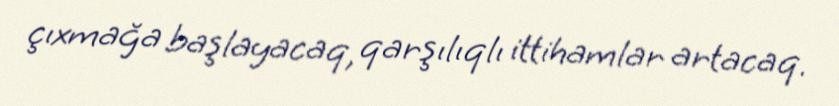
çıxmağa başlayacaq, qarşılıqlı ittihamlar artacaq.